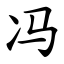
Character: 冯